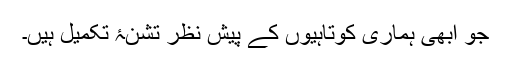
جو ابھی ہماری کوتاہیوں کے پیش نظر تشنۂ تکمیل ہیں۔